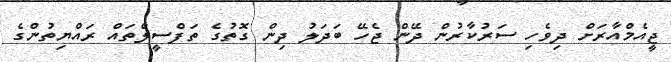
ޖީއެމްއާރަށް ދިވެހި ސަރުކާރުން ދޭން ޖެހޭ ބަދަލު ދިން ގޮތުގެ ތަފްސީލްތައް ރައްޔިތުންގެ